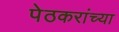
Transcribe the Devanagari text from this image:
पेठकरांच्या